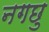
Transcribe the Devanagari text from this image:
नगछु